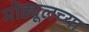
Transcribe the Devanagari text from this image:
मोड्यूलच्या